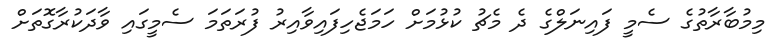
މިމުބާރާތުގެ ސެމީ ފައިނަލްގެ ދެ މެޗު ކުޅުމަށް ހަމަޖެހިފައިވާއިރު ފުރަތަމަ ސެމީގައި ވާދަކުރާގޮތަށް